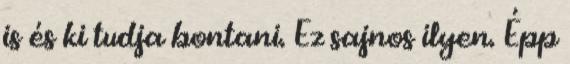
is és ki tudja bontani. Ez sajnos ilyen. Épp